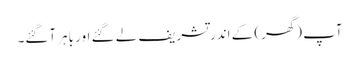
آپ (گھر) کے اندر تشریف لے گئے اور باہر آگئے۔